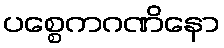
ပစ္စေကဂဏိနော